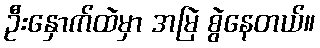
ဦးနှောက်ထဲမှာ အမြဲ စွဲနေတယ်။